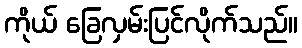
ကိုယ် ခြေလှမ်းပြင်လိုက်သည်။